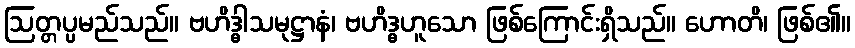
ဩတ္တပ္ပမည်သည်။ ဗဟိဒ္ဓါသမုဋ္ဌာနံ၊ ဗဟိဒ္ဓဟူသော ဖြစ်ကြောင်းရှိသည်။ ဟောတိ၊ ဖြစ်၏။